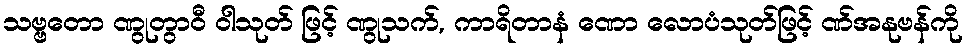
သဗ္ဗတော ဏွုတွာဝီ ဝါသုတ် ဖြင့် ဏွုသက်, ကာရိတာနံ ဏော လောပံသုတ်ဖြင့် ဏ်အနုဗန်ကို